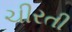
ચીરતી